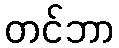
တင်ဘာ